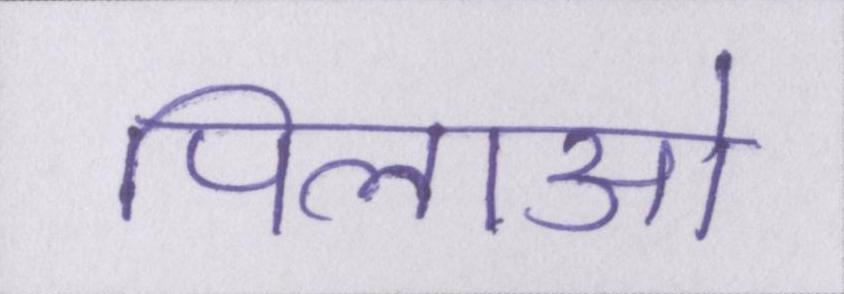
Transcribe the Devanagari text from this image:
पिलाओ